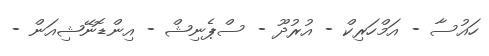
ހައުސާ - އަމްހަރިކް - އުރުދޫ - ސްޕެނިޝް - އިންޑޮނޭޝިއަން -